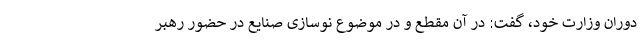
دوران وزارت خود، گفت: در آن مقطع و در موضوع نوسازی صنایع در حضور رهبر